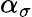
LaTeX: \alpha_{\sigma}